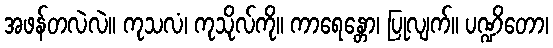
အဖန်တလဲလဲ။ ကုသလံ၊ ကုသိုလ်ကို။ ကာရေန္တော၊ ပြုလျက်။ ပဏ္ဍိတော၊